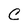
Character: C